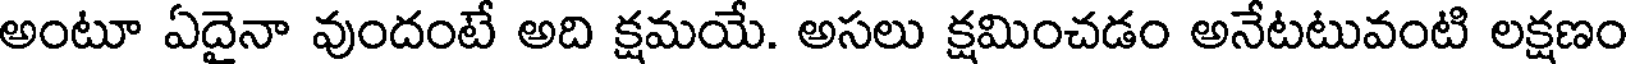
అంటూ ఏదైనా వుందంటే అది క్షమయే. అసలు క్షమించడం అనేటటువంటి లక్షణం